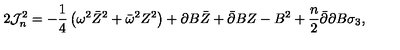
2 { \cal J } _ { n } ^ { 2 } = - \frac 1 4 \left( \omega ^ { 2 } \bar { Z } ^ { 2 } + \bar { \omega } ^ { 2 } Z ^ { 2 } \right) + \partial B \bar { Z } + \bar { \partial } B Z - B ^ { 2 } + \frac n 2 \bar { \partial } \partial B \sigma _ { 3 } ,